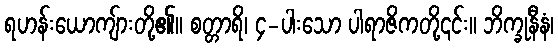
ရဟန်းယောကျ်ားတို့၏။ စတ္တာရိ၊ ၄-ပါးသော ပါရာဇိကတို့၎င်း။ ဘိက္ခုနီနံ၊